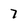
Character: 7